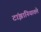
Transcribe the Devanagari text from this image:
टांझानियातले